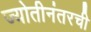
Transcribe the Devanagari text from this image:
ज्योतीनंतरची